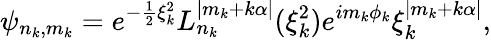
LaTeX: \psi_{n_{k},m_{k}}=e^{-\frac{1}{2}\xi_{k}^{2}}L_{n_{k}}^{|m_{k}+k\alpha|}(\xi_{k}^{2})e^{im_{k}\phi_{k}}\xi_{k}^{|m_{k}+k\alpha|},